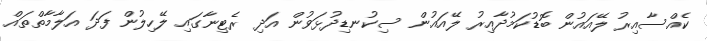
ކެއްސާއިރު ލޭއައުން ބޮޑުކަމުދާއިރު ލޭއައުން ސިކުނޑިދުޅަވުން އަދި ރެޓިނާގައި ލޭހިލުން ފަދަ އަލާމާތްތައް